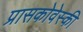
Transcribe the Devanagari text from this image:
प्रासकोवेस्की